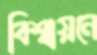
বিশ্বায়নে